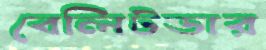
বেলিটডার